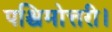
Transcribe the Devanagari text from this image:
पश्चिमोत्तरी।